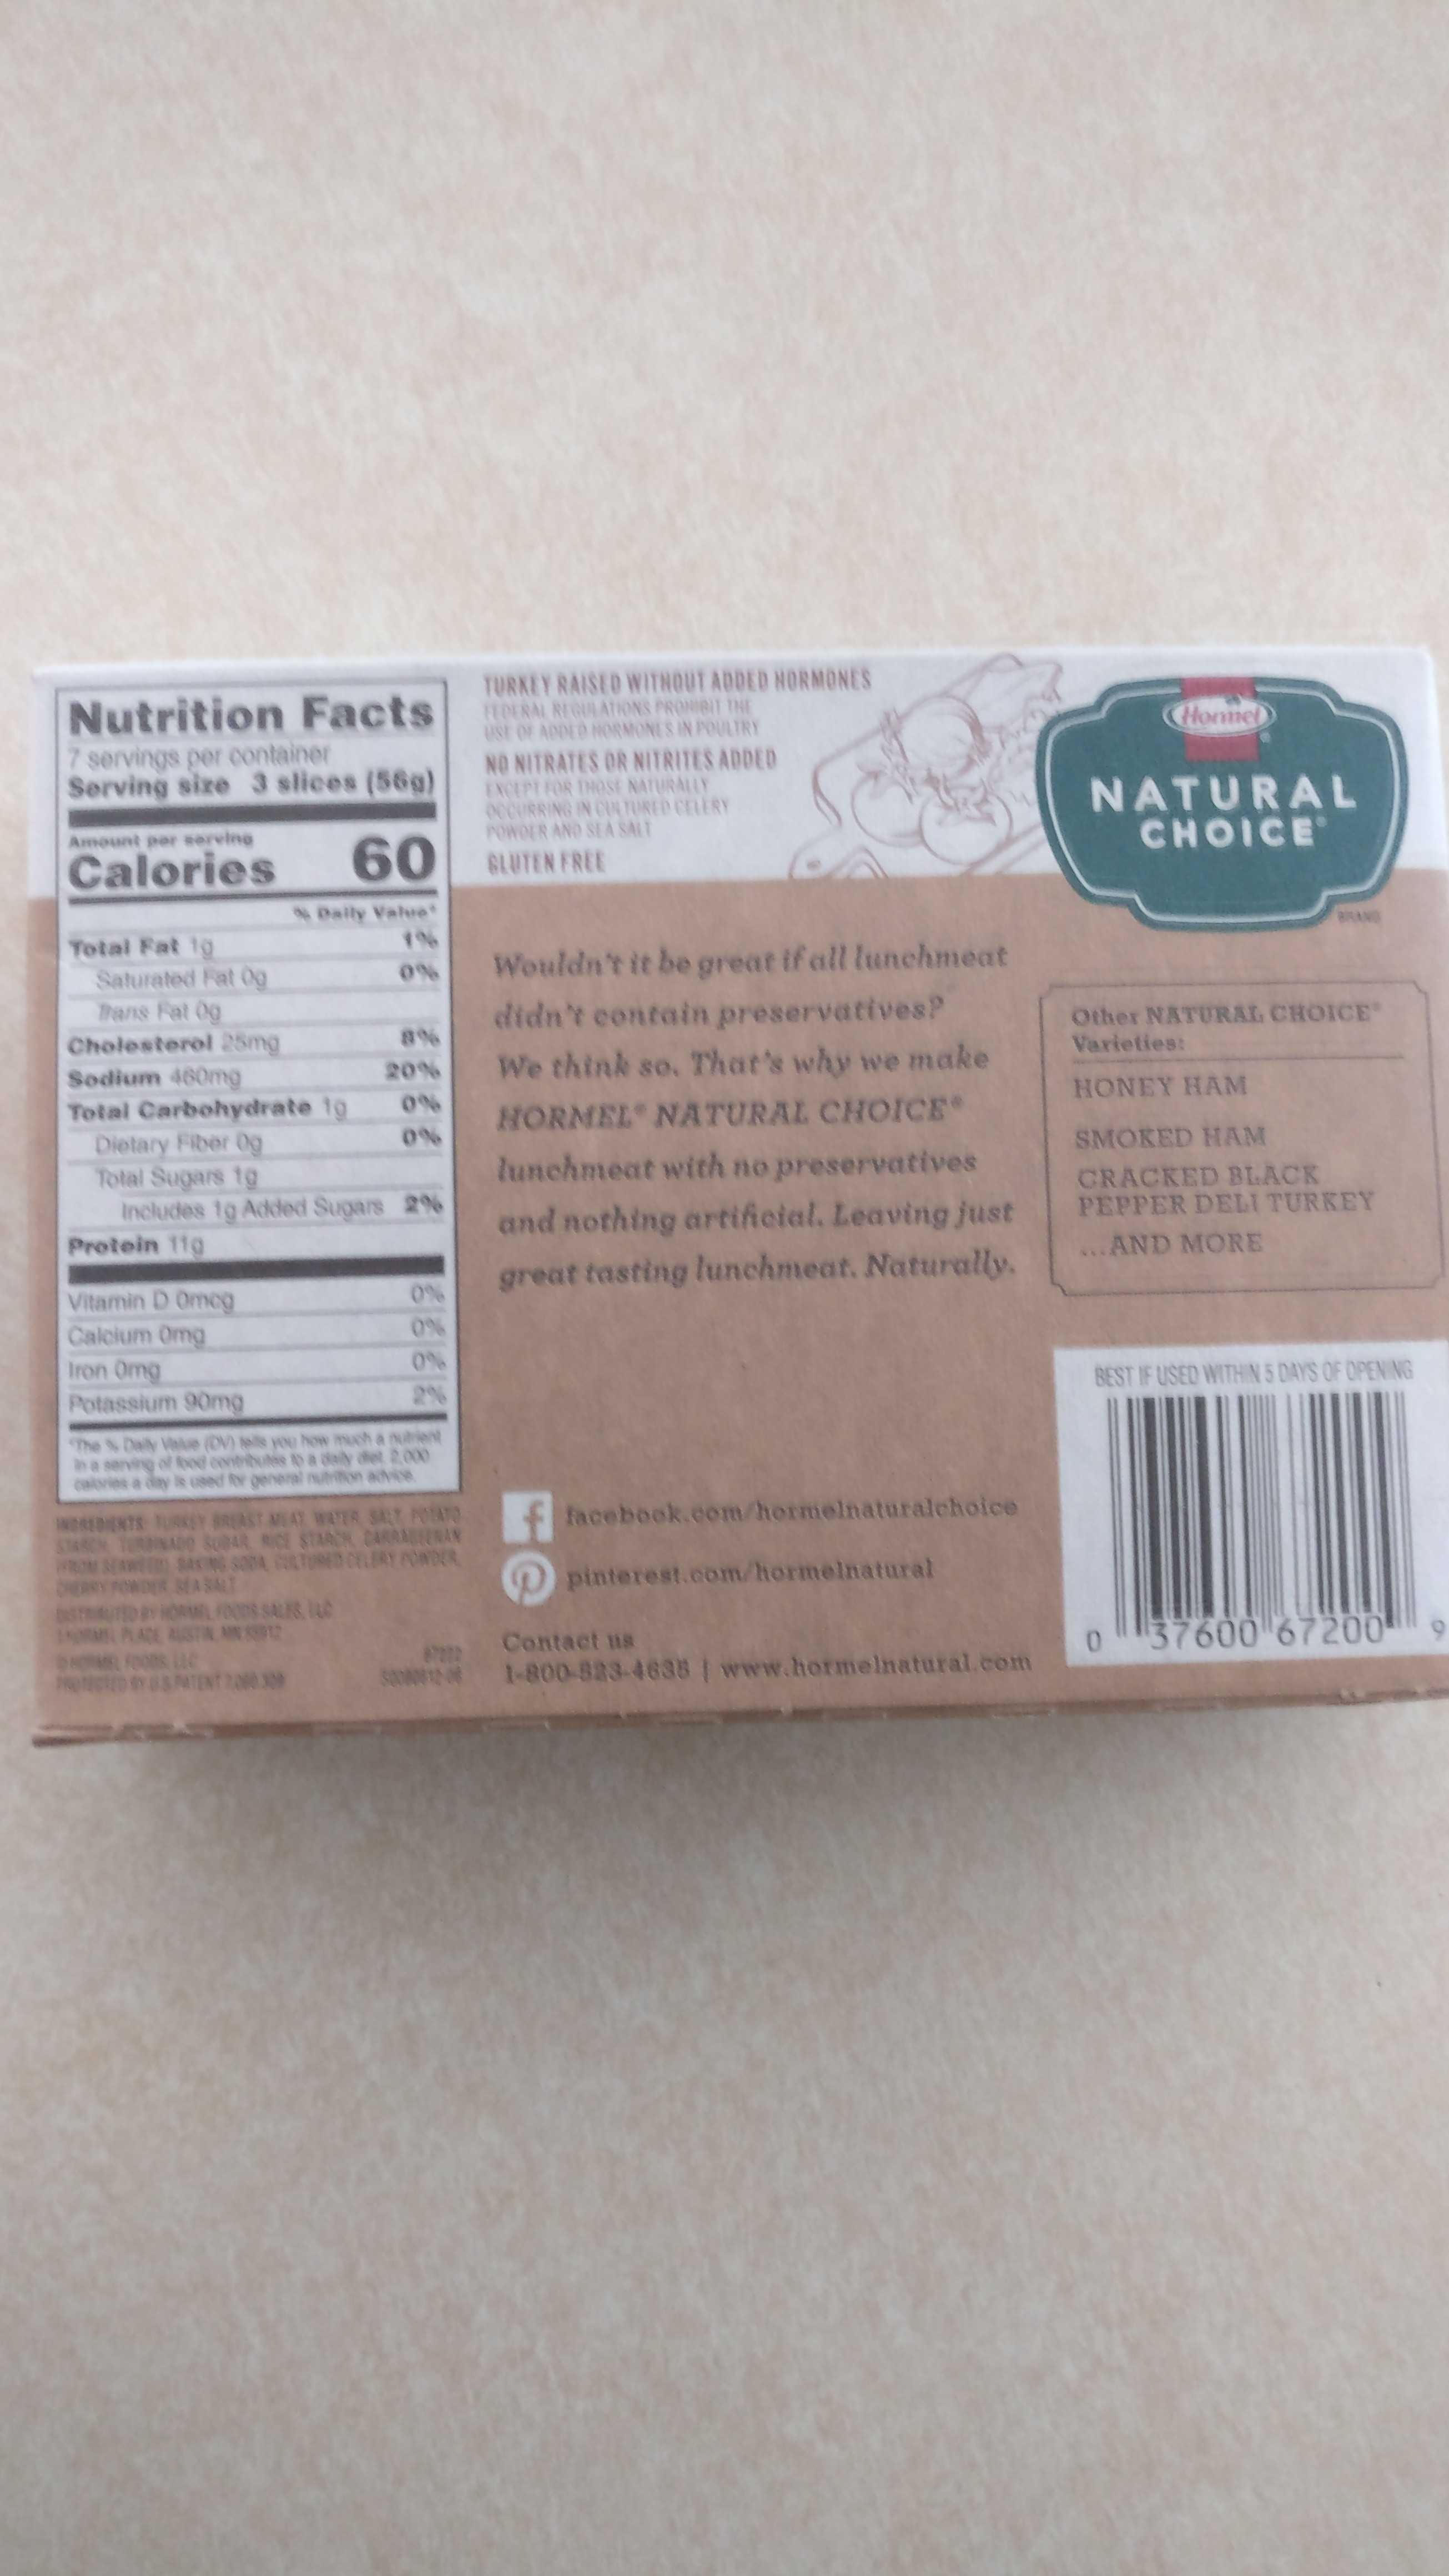
Nutrition Facts 7 servings per container Serving size 3 slices (56g)
TURKEY RAISED WITHOUT ADDED HORMONES FEDERAL REGULATIONS PRONIBIT THE USE OF ADDED HORMONES IN POULTRY NO NITRATES OR NITRITES ADDED ENCEPT FOR THOSt NATURALLY 000URRING IN CUN TURED CELERY POWOER AND SEA SALT
Hommel
NATURAL CHOICE
Amount per serving
Calories
60 BLUTEN FREE
Daily Value 1%
BRAND
Total Fat 1g Saturated Fat 0g Thans Fat 0g Cholesterol 25mg Sodium 460mg Total Carbohydrate 1g Dietary Fiber Og Total Sugars tg Includes 1g Added Sugars 2% Protein 11g
0%
Wouldn't it be great if all lunchmeat
didn't contain preservatives?
Other NATURAL CHOICE Varieties:
8%
20%
We think so. That's why we make
0%
HONEY HAM
HORMEL NATURAL CHOICE
0%
SMOKED HAM
lunchmeat with no preservatives
CRACKED BLACK PEPPER DELI TURKEY
and nothing artificial. Leaving just
...AND MORE
great tasting lunchmeat. Naturally.
Vitamin D Omeg Calcium Omg Iron Omg Potassium 90mng
0%
0%
0%
2%
BEST IF USED WITHIN5 DAYS OF OPENING
The Daly Vele (DV) tells you how much a nutrient of food contributes to a dely det 2.000 day is used RY general nutrition advice
cals
NOREDENTS TURKEY REAST MAY WATER SALT POTATO ToNA SBAR RICE STARCH CARARAN OM WSASN ewDER BEASALT HORLFOODS SALES, LLD ADE ASTIN AN Foons LC ma3PNTENT
f facebook.com/hormelnaturalehoice
soA TOD CELIRY AOWDER
pinterest.com/hormeinatural
Contact us
37600 67200
9.
sa1 1-800-823-4638 | www.hormelnatural.com